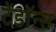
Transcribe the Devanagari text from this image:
टेंडॉन्स